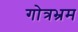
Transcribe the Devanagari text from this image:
गोत्रभ्रम